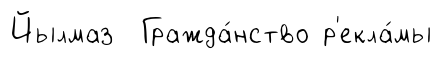
Йылмаз Гражда́нство р'екла́мы